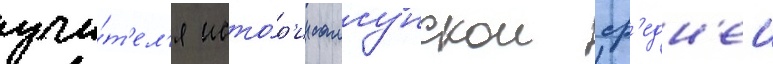
учи́т'ел'я исто́р'ии самсунскои ср'едн'еи